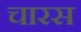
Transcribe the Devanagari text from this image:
चारस